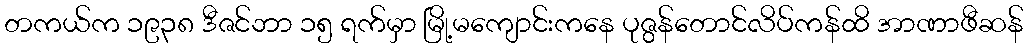
တကယ်က ၁၉၃၈ ဒီဇင်ဘာ ၁၅ ရက်မှာ မြို့မကျောင်းကနေ ပုဇွန်တောင်လိပ်ကန်ထိ အာဏာဖီဆန်